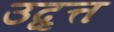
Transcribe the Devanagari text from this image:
उद्वृत्त